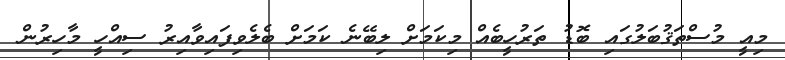
މިއީ މުސްތަޤުބަލުގައި ބޮޑު ތަރުހީބެއް މިކަމަށް ލިބޭނެ ކަމަށް ބެލެވިފައިވާއިރު ސިއްހީ މާހިރުން